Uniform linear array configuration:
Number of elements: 64
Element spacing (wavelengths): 0.75
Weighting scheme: uniform
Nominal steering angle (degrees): -60
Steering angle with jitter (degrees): -58.828
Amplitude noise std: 0.05
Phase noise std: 0.05

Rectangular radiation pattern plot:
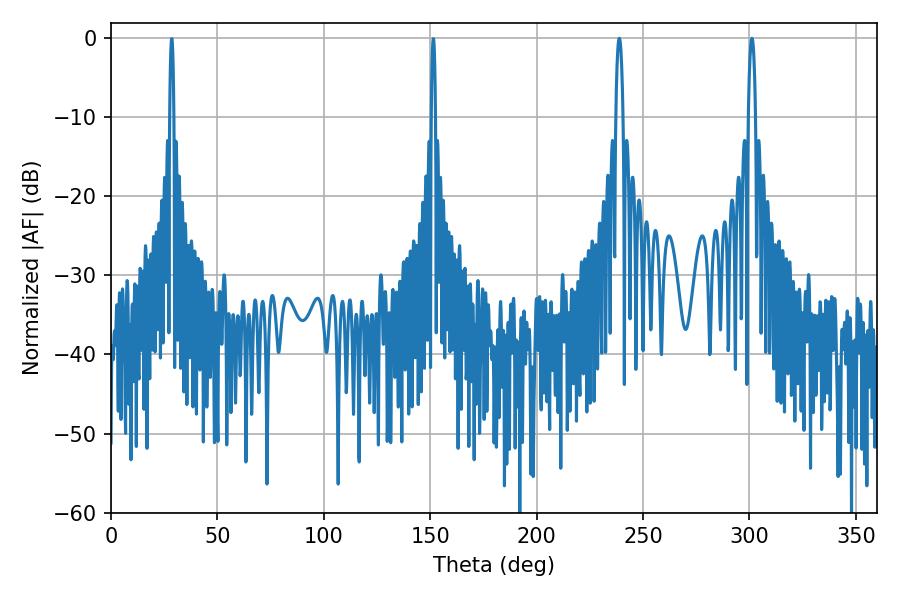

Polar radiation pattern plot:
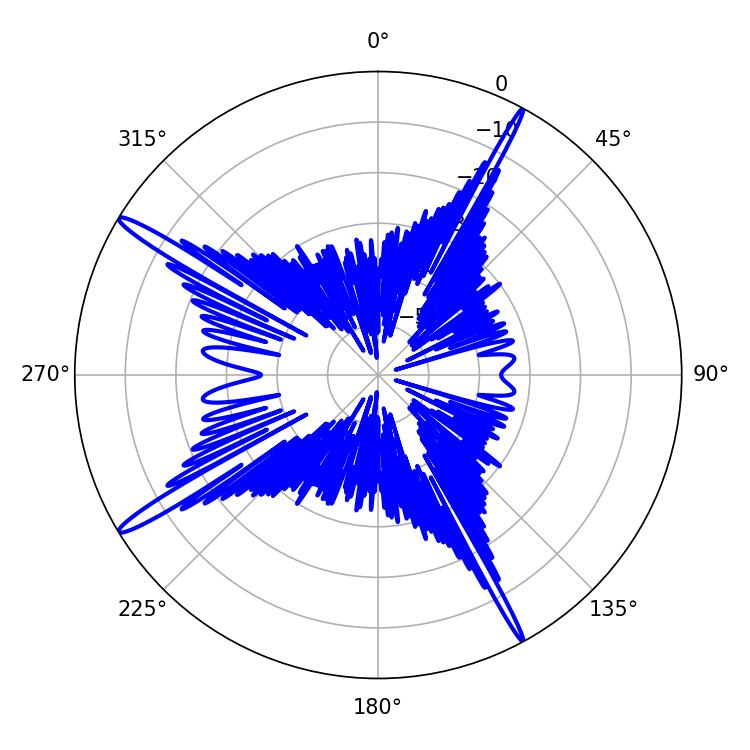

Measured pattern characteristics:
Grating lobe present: TRUE
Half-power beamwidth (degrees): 1.8
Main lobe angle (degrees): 238.86